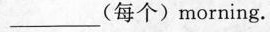
___(每个)morning.